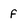
Character: f